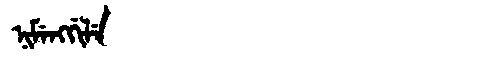
Manchu: ᠨᡳᠮᡝᠩᡤᡳᠯᡝ
Romanization: NIMENGGILE